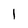
Character: 1